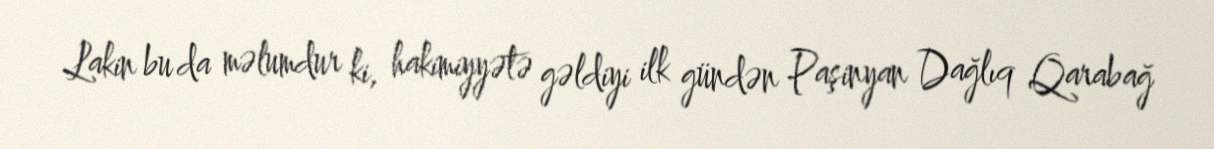
Lakin bu da məlumdur ki, hakimiyyətə gəldiyi ilk gündən Paşinyan Dağlıq Qarabağ